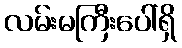
လမ်းမကြီးပေါ်ရှိ